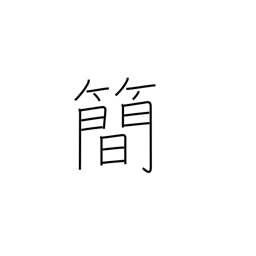
Meaning: brevity